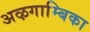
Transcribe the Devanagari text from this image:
अऴगाम्बिका